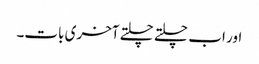
اور اب چلتے چلتے آخری بات۔